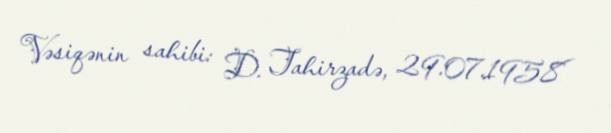
Vəsiqənin sahibi: D. Tahirzadə, 29.07.1958